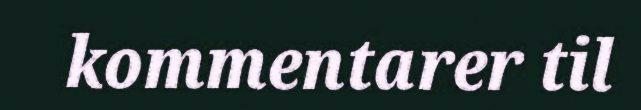
kommentarer til